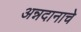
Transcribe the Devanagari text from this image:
अन्नदानाचे